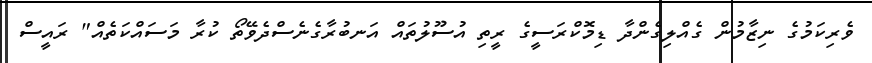
ވެރިކަމުގެ ނިޒާމުން ގެއްލިގެންދާ ޑިމޮކްރަސީގެ ރީތި އުސޫލުތައް އަނބުރާގެނެސްދެވޭތޯ ކުރާ މަސައްކަތެއް" ރައީސް